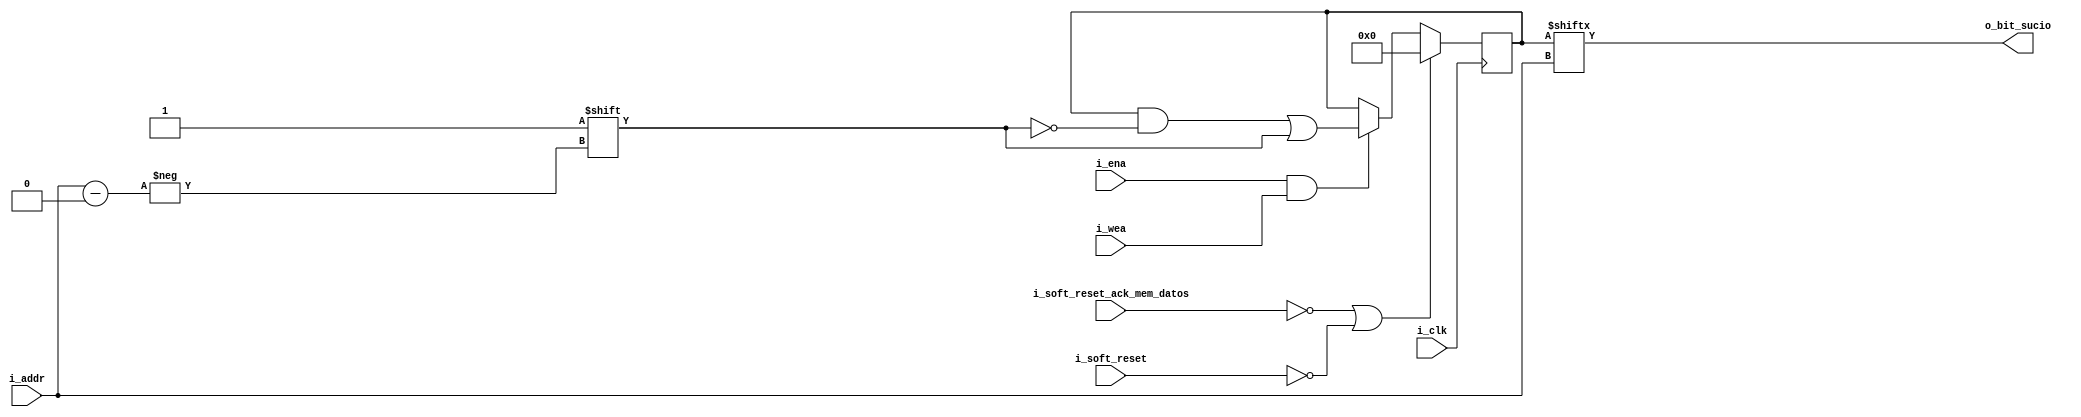
`timescale 1ns / 1ps

//////////////////////////////////////////////////////////////////////////////////////////////////
// Trabajo Practico Nro. 4. MIPS.
// Control del bit de sucio en la memoria de datos.
// Integrantes: Kleiner Matias, Lopez Gaston.
// Materia: Arquitectura de Computadoras.
// FCEFyN. UNC.
// Anio 2018.
//////////////////////////////////////////////////////////////////////////////////////////////////

module control_bit_sucio_mem_data
    (
    i_addr,                         // Address bus, width determined from RAM_DEPTH
    i_clk,                          // Clock
    i_wea,                          // Write enable
    i_ena,                          // RAM Enable, for additional power savings, disable port when not in use (1)
    i_soft_reset,                   // General soft reset.
    i_soft_reset_ack_mem_datos,     // Soft reset ack de la memoria de datos.
    o_bit_sucio                     // Bit de sucio solicitado.
    );
  
  
  parameter RAM_DEPTH = 2048;                           // Specify RAM depth (number of entries)
  localparam CANT_BIT_RAM_DEPTH = clogb2(RAM_DEPTH - 1);  

  
  input [CANT_BIT_RAM_DEPTH - 1 : 0] i_addr;  
  input i_clk;                           
  input i_wea;                              
  input i_ena;
  input i_soft_reset;                            
  input i_soft_reset_ack_mem_datos;
  output o_bit_sucio;
  
  reg [RAM_DEPTH - 1 : 0] bit_sucio;
  
  //  The following function calculates the address width based on specified RAM depth
  function integer clogb2;
    input integer depth;
      for (clogb2=0; depth>0; clogb2=clogb2+1)
        depth = depth >> 1;
  endfunction
 
 always @(posedge i_clk) begin
    if ((~i_soft_reset_ack_mem_datos) | (~i_soft_reset)) begin // Se esta reseteando la memoria de datos.
        bit_sucio <= 0;
    end
    else begin
        if (i_ena && i_wea) begin
            bit_sucio[i_addr] <= 1;
        end
        else begin
            bit_sucio <= bit_sucio;
        end
    end
  end
  
  assign o_bit_sucio = bit_sucio[i_addr];
endmodule